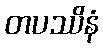
တပဿိနံ